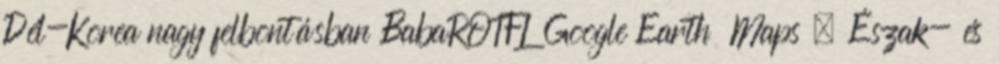
Dél-Korea nagy felbontásban BabaROTFL Google Earth Maps – Észak- és